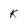
Character: k